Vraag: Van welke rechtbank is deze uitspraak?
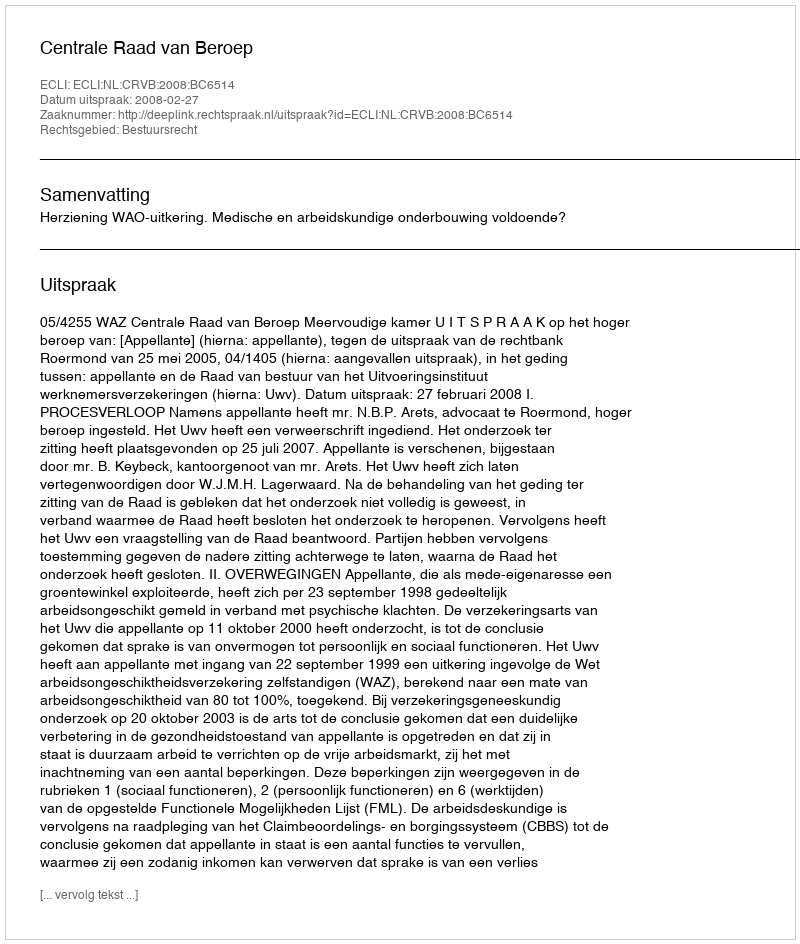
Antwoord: Centrale Raad van Beroep